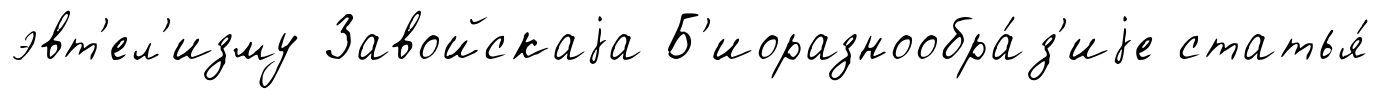
эвт'ел'изму Завойскаjа Б'иоразнообра́з'иjе статья́